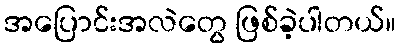
အပြောင်းအလဲတွေ ဖြစ်ခဲ့ပါတယ်။